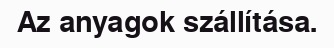
Az anyagok szállítása.